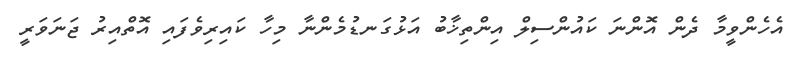
އެހެންވީމާ ދެން އޮންނަ ކައުންސިލް އިންތިޚާބު އަޅުގަނޑުމެންނާ މިހާ ކައިރިވެފައި އޮތްއިރު ޖަނަވަރީ